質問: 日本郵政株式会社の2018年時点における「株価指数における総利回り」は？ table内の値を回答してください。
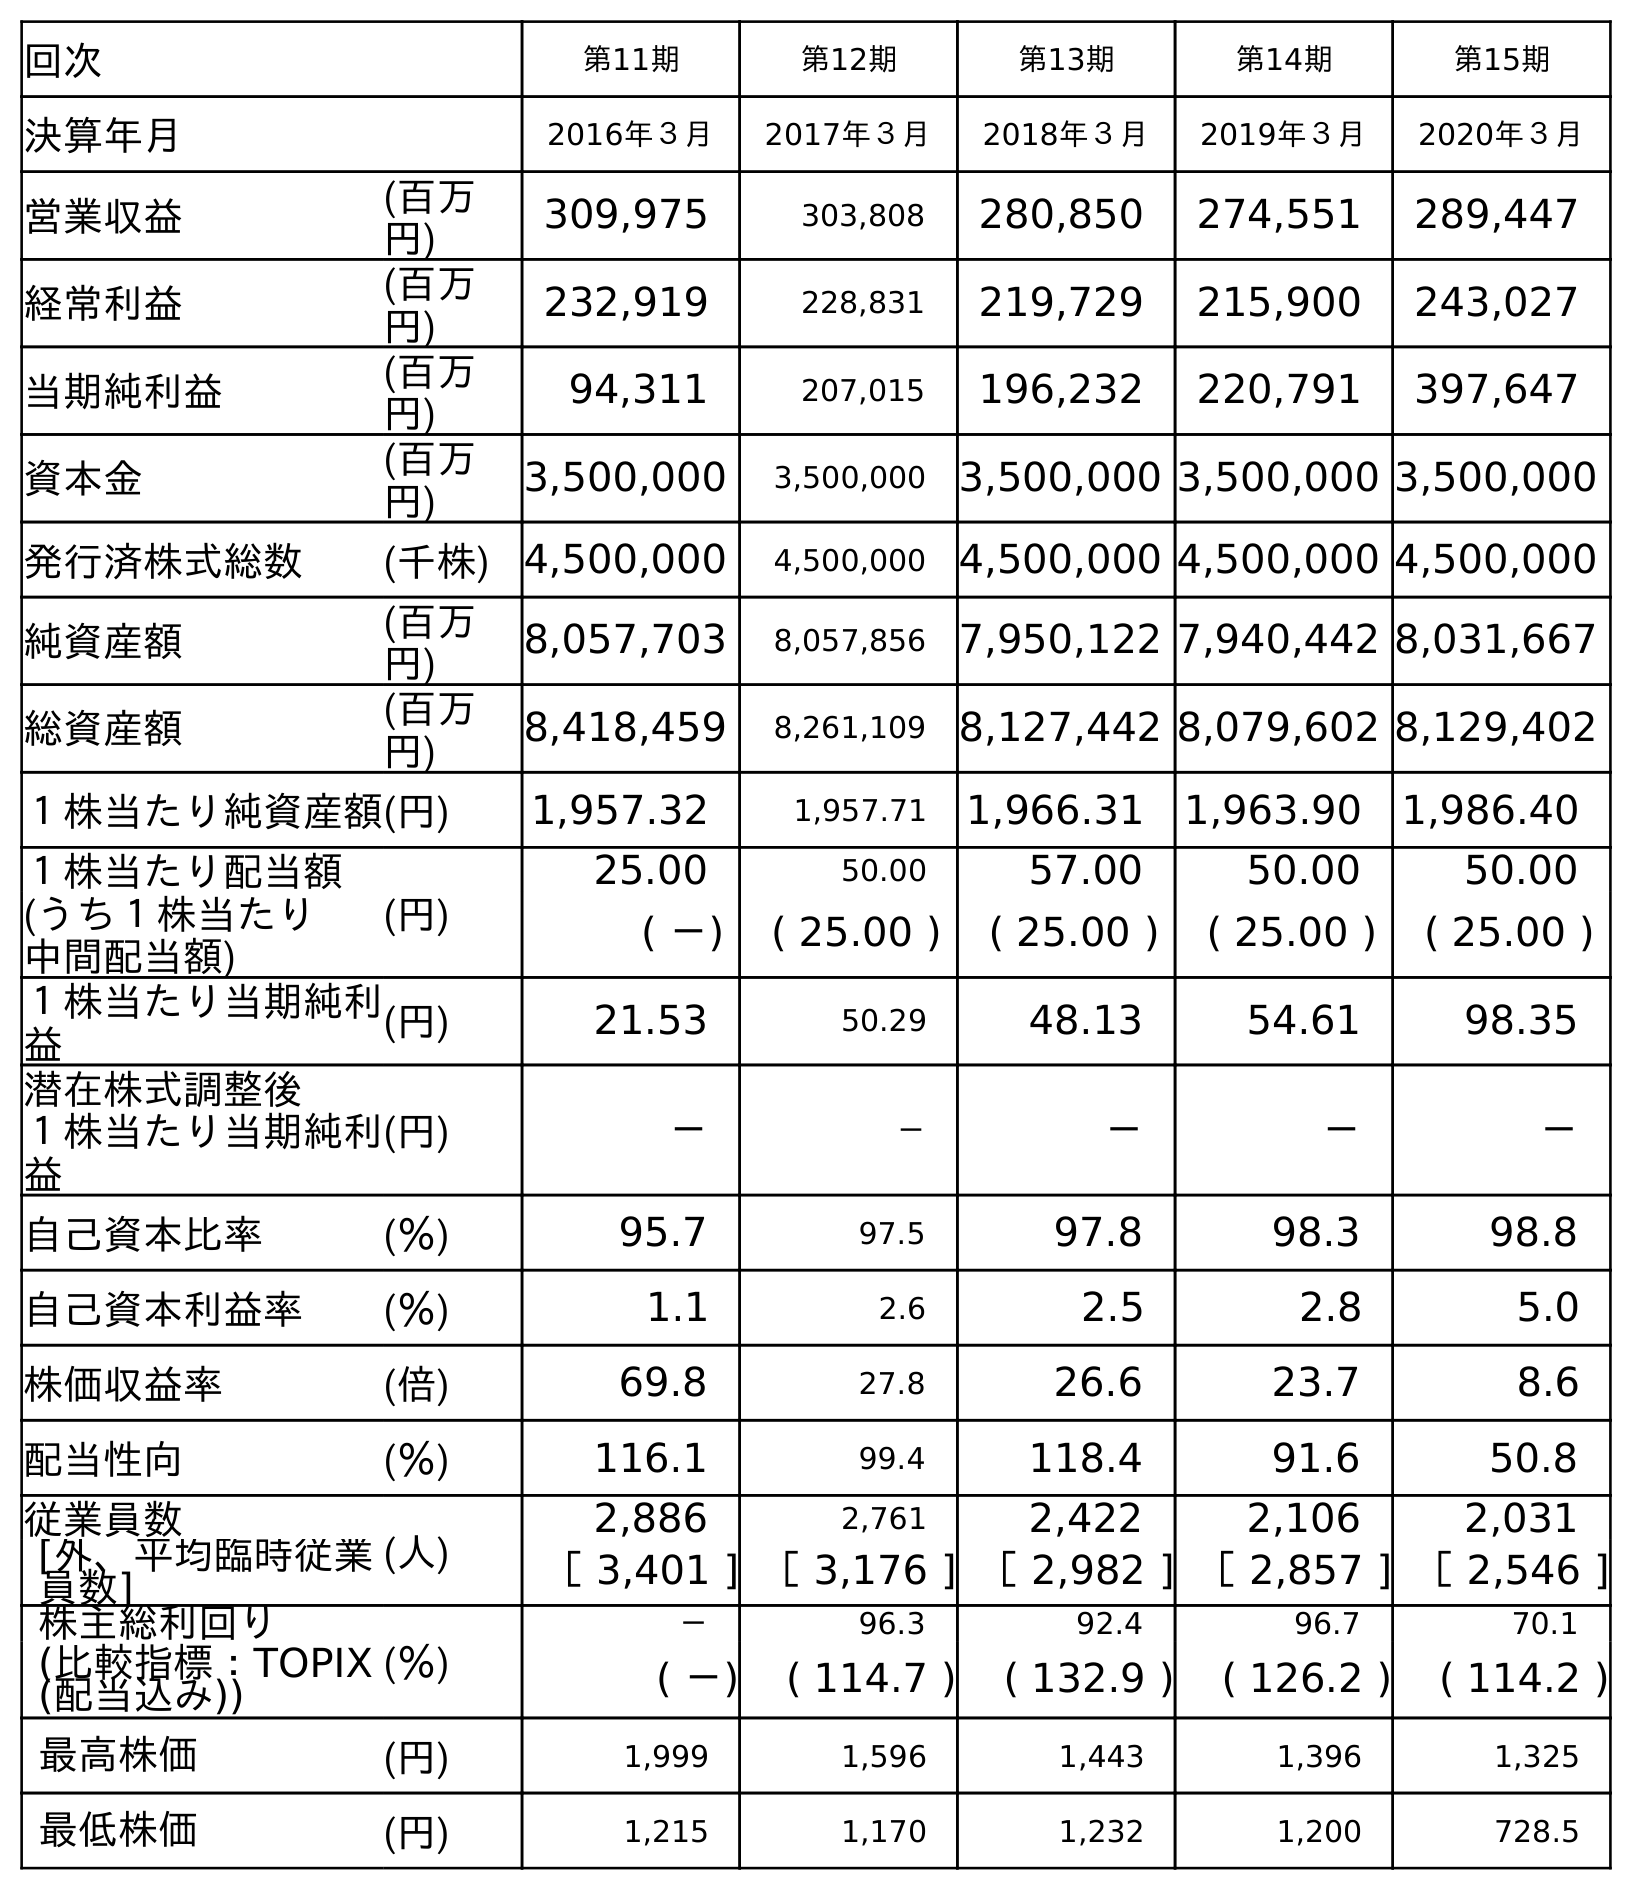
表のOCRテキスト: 回次 第11期 第12期 第13期 第14期 第15期 決算年月 2016年３月 2017年３月 2018年３月 2019年３月 2020年３月 営業収益 (百万 円) 309,975 303,808 280,850 274,551 289,447 経常利益 (百万 円) 232,919 228,831 219,729 215,900 243,027 当期純利益 (百万 円) 94,311 207,015 196,232 220,791 397,647 資本金 (百万 円) 3,500,000 3,500,000 3,500,000 3,500,000 3,500,000 発行済株式総数 (千株) 4,500,000 4,500,000 4,500,000 4,500,000 4,500,000 純資産額 (百万 円) 8,057,703 8,057,856 7,950,122 7,940,442 8,031,667 総資産額 (百万 円) 8,418,459 8,261,109 8,127,442 8,079,602 8,129,402 １株当たり純資産額(円) 1,957.32 1,957.71 1,966.31 1,963.90 1,986.40 １株当たり配当額 (円) 25.00 50.00 57.00 50.00 50.00 (うち１株当たり 中間配当額) ( －) ( 25.00 ) ( 25.00 ) ( 25.00 ) ( 25.00 ) １株当たり当期純利 益 (円) 21.53 50.29 48.13 54.61 98.35 潜在株式調整後 １株当たり当期純利 益 (円) － － － － － 自己資本比率 (％) 95.7 97.5 97.8 98.3 98.8 自己資本利益率 (％) 1.1 2.6 2.5 2.8 5.0 株価収益率 (倍) 69.8 27.8 26.6 23.7 8.6 配当性向 (％) 116.1 99.4 118.4 91.6 50.8 従業員数 (人) 2,886 2,761 2,422 2,106 2,031 [外、平均臨時従業 員数] ［ 3,401 ] ［ 3,176 ] ［ 2,982 ] ［ 2,857 ] ［ 2,546 ] 株主総利回り (％) － 96.3 92.4 96.7 70.1 (比較指標：TOPIX (配当込み)) ( －) ( 114.7 ) ( 132.9 ) ( 126.2 ) ( 114.2 ) 最高株価 (円) 1,999 1,596 1,443 1,396 1,325 最低株価 (円) 1,215 1,170 1,232 1,200 728.5
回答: (132.9)